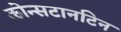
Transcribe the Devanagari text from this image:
कोन्सटानटिन